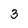
Character: 3